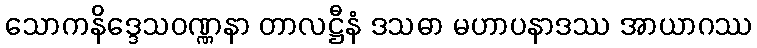
သောကနိဒ္ဒေသဝဏ္ဏနာ တာလဋ္ဌီနံ ဒသဓာ မဟာပနာဒဿ အာယာဂဿ